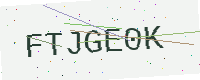
Text: FTJGE0K